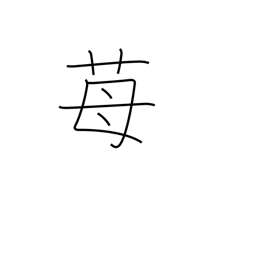
Meaning: strawberry